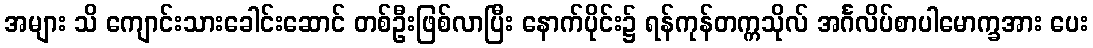
အများ သိ ကျောင်းသားခေါင်းဆောင် တစ်ဦးဖြစ်လာပြီး နောက်ပိုင်း၌ ရန်ကုန်တက္ကသိုလ် အင်္ဂလိပ်စာပါမောက္ခအား ပေး